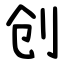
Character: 创